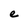
Character: e